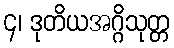
၄၊ ဒုတိယအဂ္ဂိသုတ္တ